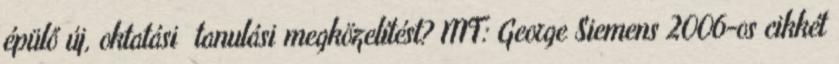
épülő új, oktatási tanulási megközelítést? MT: George Siemens 2006-os cikkét